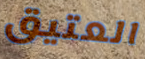
العتيق